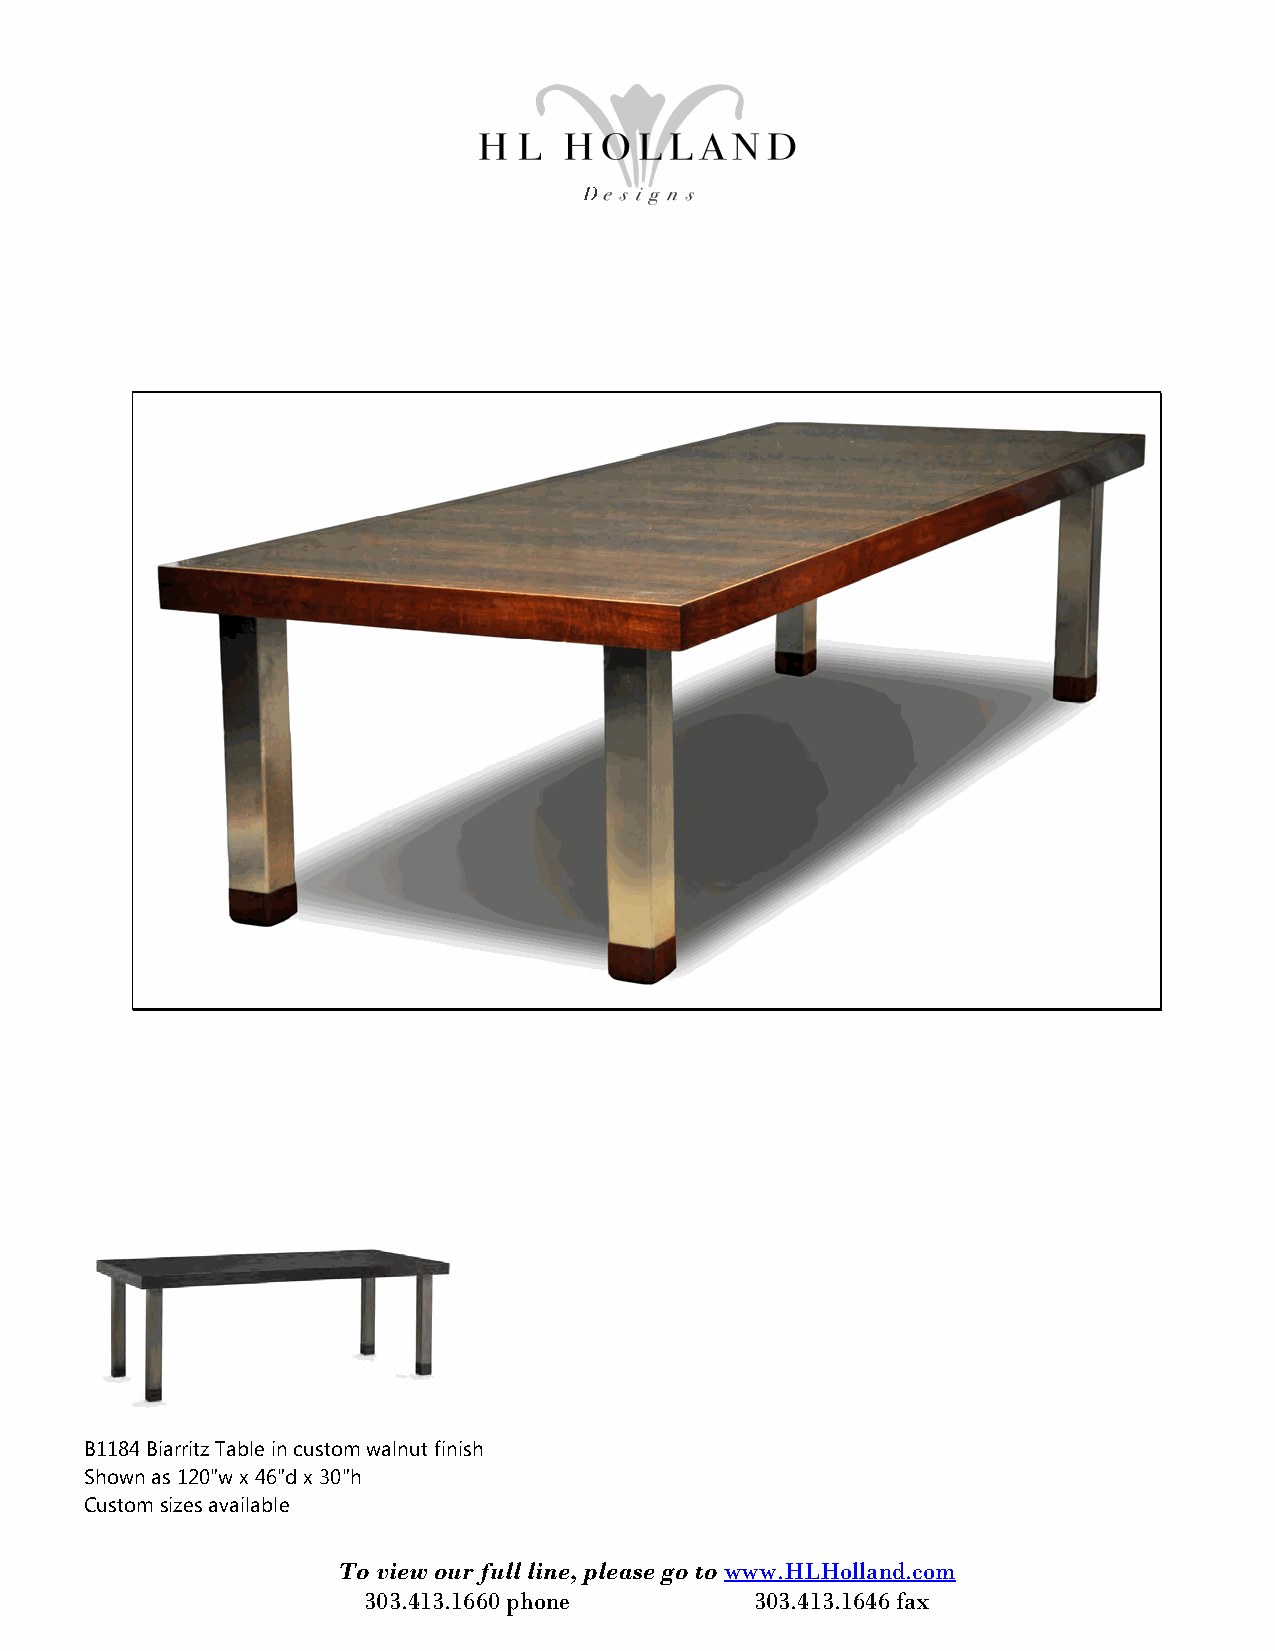
B1184 Biarritz Table in custom walnut finish
 Shown as 120"w x 46"d x 30"h
 Custom sizes available
 To view our full line, please go to www.HLHolland.com
 303.413.1660 phone        303.413.1646 fax